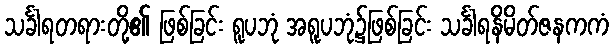
သင်္ခါရတရားတို့၏ ဖြစ်ခြင်း ရူပဘုံ အရူပဘုံ၌ဖြစ်ခြင်း သင်္ခါရနိမိတ်ဇနကကံ